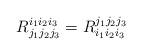
LaTeX: \begin{align*} R^{i_1 i_2 i_3}_{j_1 j_2 j_3} = R^{j_1 j_2 j_3}_{i_1 i_2 i_3}\end{align*}